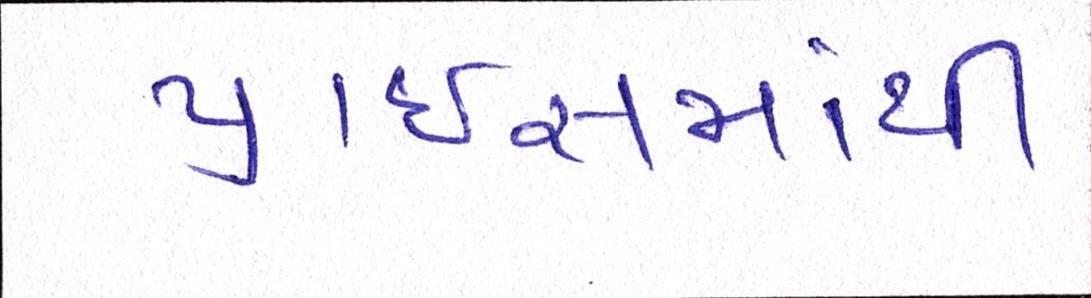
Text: પ્રાઇસમાંથી